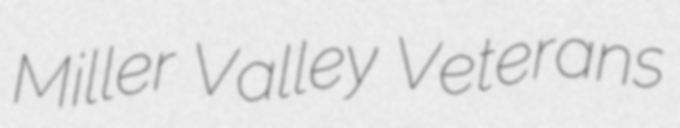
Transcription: Miller Valley Veterans